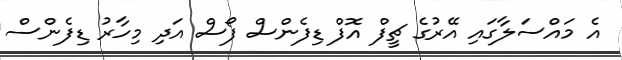
އެ މައްސަލާގައި އޭރުގެ ޗީފް އޮފް ޑިފެންސް ފޯސް އަދި މިހާރު ޑިފެންސް